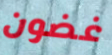
غضون